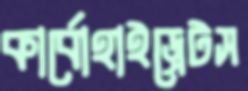
কার্বোহাইড্রেটস